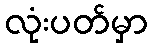
လုံးပတ်မှာ